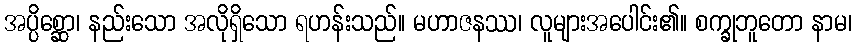
အပ္ပိစ္ဆော၊ နည်းသော အလိုရှိသော ရဟန်းသည်။ မဟာဇနဿ၊ လူများအပေါင်း၏။ စက္ခုဘူတော နာမ၊